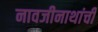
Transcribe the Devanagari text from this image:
नावजीनाथांची